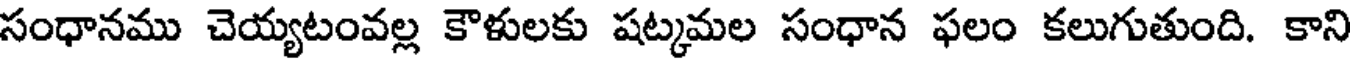
సంధానము చెయ్యటంవల్ల కౌళులకు షట్మమల సంధాన ఫలం కలుగుతుంది. కాని